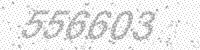
Solution: 556603